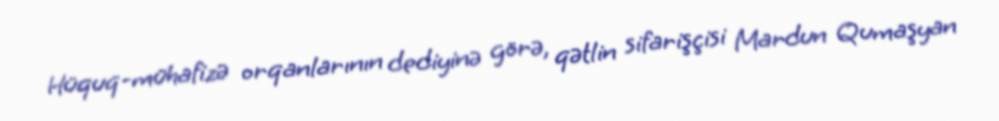
Hüquq-mühafizə orqanlarının dediyinə görə, qətlin sifarişçisi Mardun Qumaşyan